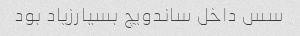
سس داخل ساندویچ بسیارزیاد بود